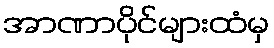
အာဏာပိုင်များထံမှ